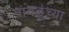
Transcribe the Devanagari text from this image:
नायडूंच्या